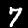
Label: 7